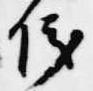
儀